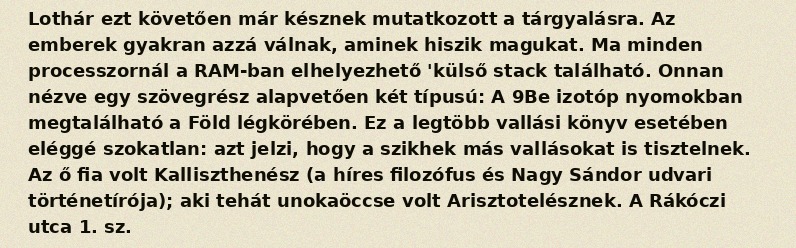
Lothár ezt követően már késznek mutatkozott a tárgyalásra. Az emberek gyakran azzá válnak, aminek hiszik magukat. Ma minden processzornál a RAM-ban elhelyezhető 'külső stack található. Onnan nézve egy szövegrész alapvetően két típusú: A 9Be izotóp nyomokban megtalálható a Föld légkörében. Ez a legtöbb vallási könyv esetében eléggé szokatlan: azt jelzi, hogy a szikhek más vallásokat is tisztelnek. Az ő fia volt Kalliszthenész (a híres filozófus és Nagy Sándor udvari történetírója); aki tehát unokaöccse volt Arisztotelésznek. A Rákóczi utca 1. sz.